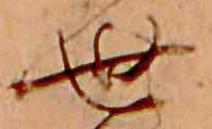
世